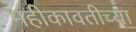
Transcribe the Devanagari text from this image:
महीकावतीच्या